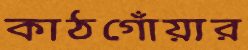
কাঠগোঁয়ার